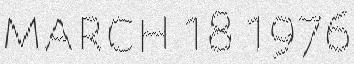
march 18 1976